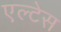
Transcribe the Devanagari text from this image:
एल्टेस